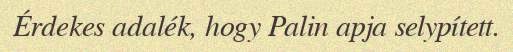
Érdekes adalék, hogy Palin apja selypített.